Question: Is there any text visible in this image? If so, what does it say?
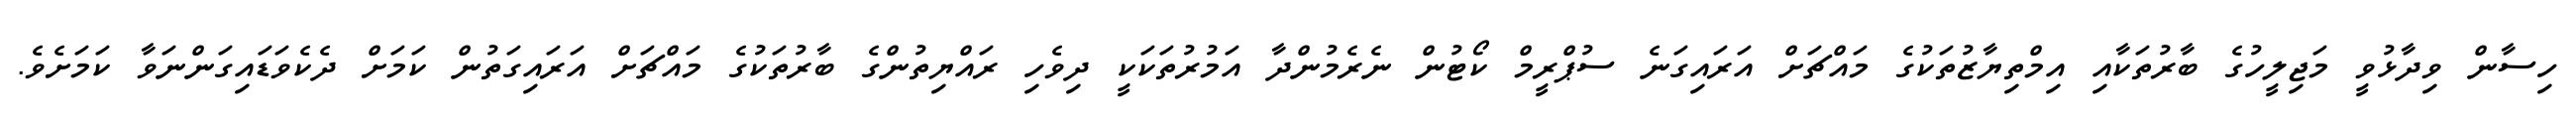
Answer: ހިސާން ވިދާޅުވީ މަޖިލީހުގެ ބާރުތަކާއި އިމްތިޔާޒުތަކުގެ މައްޗަށް އަރައިގަނެ ސުޕްރީމް ކޯޓުން ނެރެމުންދާ އަމުރުތަކަކީ ދިވެހި ރައްޔިތުންގެ ބާރުތަކުގެ މައްޗަށް އަރައިގަތުން ކަމަށް ދެކެވަޑައިގަންނަވާ ކަމަށެވެ.